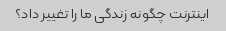
اینترنت چگونه زندگی ما را تغییر داد؟